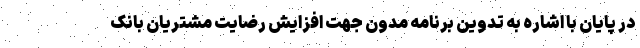
در پایان با اشاره به تدوین برنامه مدون جهت افزایش رضایت مشتریان بانک